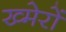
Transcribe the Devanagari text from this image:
ख्मेरों